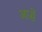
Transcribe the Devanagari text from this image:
आसें